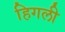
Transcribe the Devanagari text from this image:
हिगली